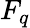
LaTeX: F_{q}